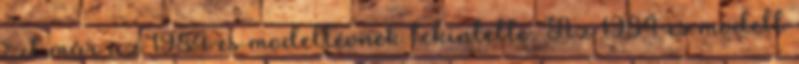
ezt már az 1984-es modellévnek tekintette. Az 1984-es modell